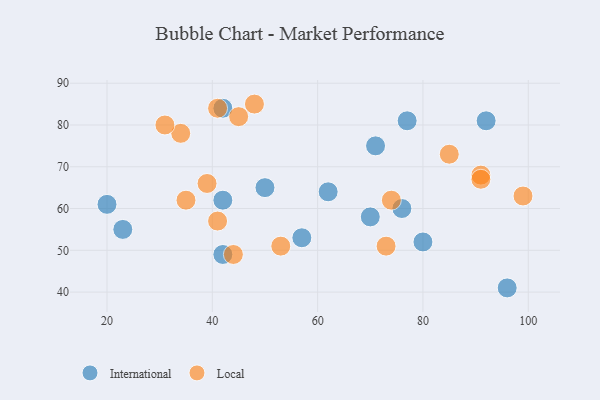
{"axis": {"x": "GDP", "y": "Life Expectancy"}, "legend": ["International", "Local"], "data": [{"x": "92", "y": 81, "type": "International"}, {"x": "80", "y": 52, "type": "International"}, {"x": "42", "y": 62, "type": "International"}, {"x": "70", "y": 58, "type": "International"}, {"x": "77", "y": 81, "type": "International"}, {"x": "23", "y": 55, "type": "International"}, {"x": "20", "y": 61, "type": "International"}, {"x": "62", "y": 64, "type": "International"}, {"x": "57", "y": 53, "type": "International"}, {"x": "96", "y": 41, "type": "International"}, {"x": "76", "y": 60, "type": "International"}, {"x": "42", "y": 49, "type": "International"}, {"x": "42", "y": 84, "type": "International"}, {"x": "50", "y": 65, "type": "International"}, {"x": "71", "y": 75, "type": "International"}, {"x": "91", "y": 68, "type": "Local"}, {"x": "85", "y": 73, "type": "Local"}, {"x": "35", "y": 62, "type": "Local"}, {"x": "91", "y": 67, "type": "Local"}, {"x": "34", "y": 78, "type": "Local"}, {"x": "99", "y": 63, "type": "Local"}, {"x": "31", "y": 80, "type": "Local"}, {"x": "41", "y": 57, "type": "Local"}, {"x": "74", "y": 62, "type": "Local"}, {"x": "41", "y": 84, "type": "Local"}, {"x": "53", "y": 51, "type": "Local"}, {"x": "73", "y": 51, "type": "Local"}, {"x": "44", "y": 49, "type": "Local"}, {"x": "45", "y": 82, "type": "Local"}, {"x": "39", "y": 66, "type": "Local"}, {"x": "48", "y": 85, "type": "Local"}]}